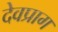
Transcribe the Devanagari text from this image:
देवप्राग